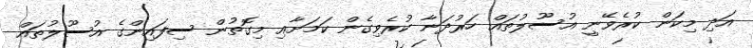
އަދި މިކަން ކުރެވޭނީ އުސޫލުތައް ހަރުދަނާ ކުރެވިގެން ކަމަށާއި މިގޮތުން ސިފައިންގެ އުސޫލުތައް